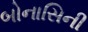
બોનાસિની